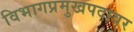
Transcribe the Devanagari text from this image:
विभागप्रमुखपदावर